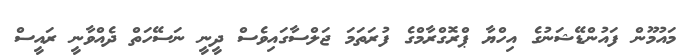
މައުމޫން ފައުންޑޭޝަނުގެ އިހްޔާ ޕްރޮގްރާމްގެ ފުރަތަމަ ޖަލްސާގައިވެސް ދީނީ ނަސޭހަތް ދެއްވާނީ ރައީސް